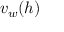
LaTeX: \ v _ { w } ( h )